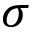
\sigma